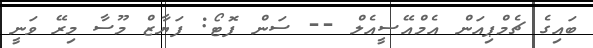
ބައިގެ ޗެމްޕިއަން އެމްއޭސީއެލް -- ސަން ފޮޓޯ: ފަޔާޒް މޫސާ މިރޭ ވަނީ